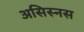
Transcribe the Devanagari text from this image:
असिस्नस